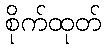
စိုက်ထုတ်